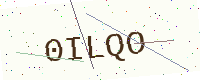
Text: 0ILQO